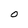
Character: O